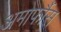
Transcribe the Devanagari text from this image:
अमोर्फौस